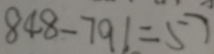
8 4 8 - 7 9 1 = 5 7